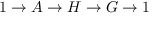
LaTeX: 1 \to A \to H \to G \to 1